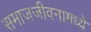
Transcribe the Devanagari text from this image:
समाजजीवनामध्ये